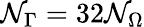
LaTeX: \mathcal{N}_{\Gamma}=32\mathcal{N}_{\Omega}